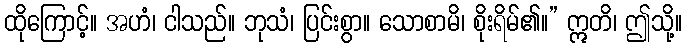
ထိုကြောင့်။ အဟံ၊ ငါသည်။ ဘုသံ၊ ပြင်းစွာ။ သောစာမိ၊ စိုးရိမ်၏။” ဣတိ၊ ဤသို့။